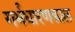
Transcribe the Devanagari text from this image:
गर्भधारणकाल